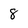
Character: 8